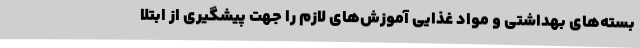
بسته‌های بهداشتی و مواد غذایی آموزش‌های لازم را جهت پیشگیری از ابتلا